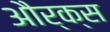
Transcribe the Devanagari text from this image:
और्क्स